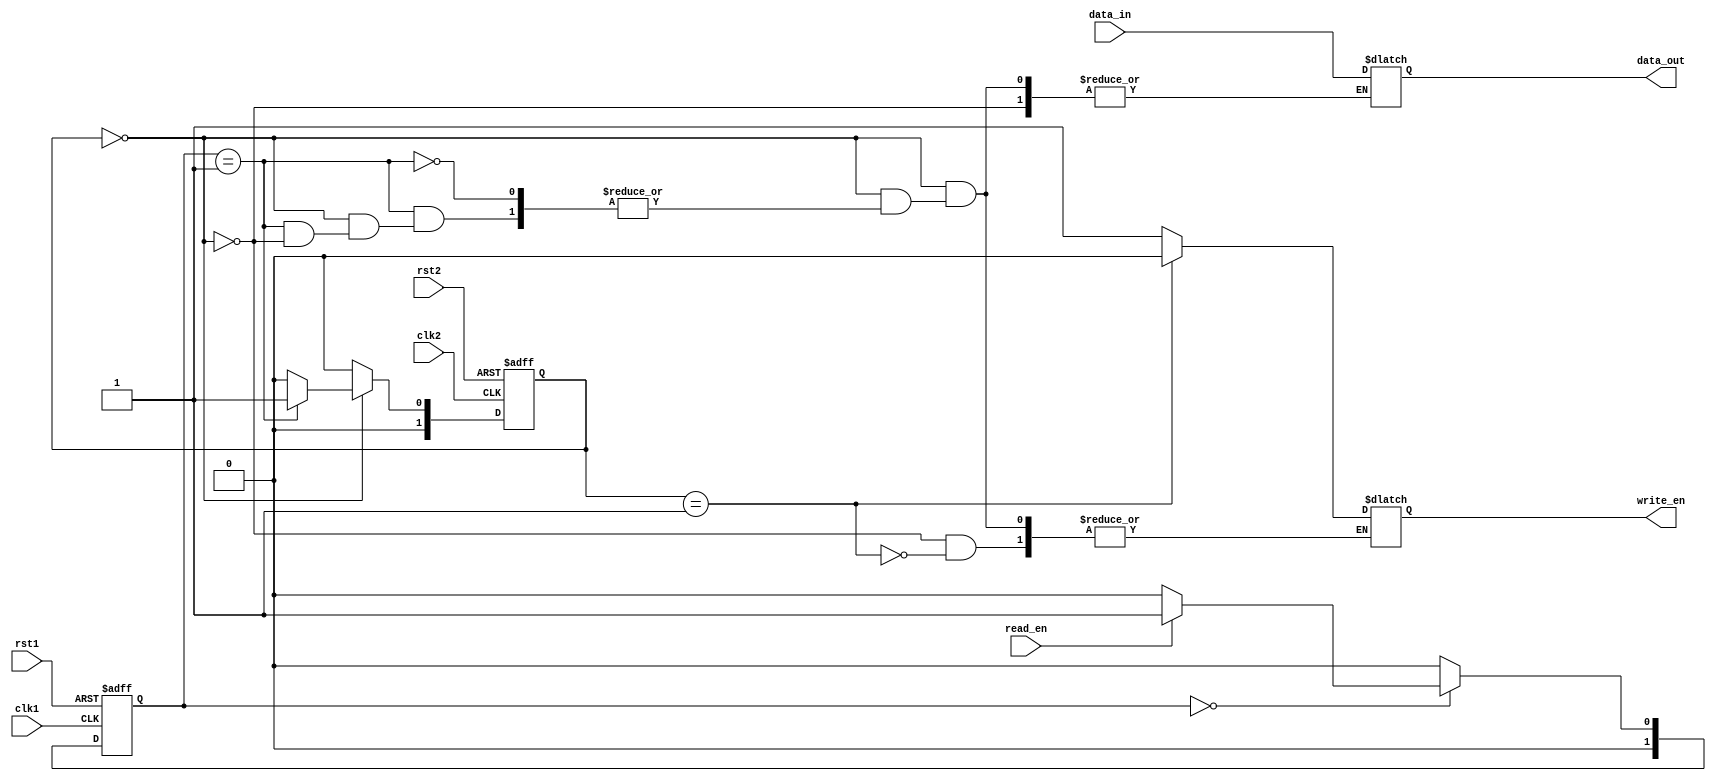
module fifo_synchronizer (
    input wire clk1,
    input wire rst1,
    input wire data_in,
    input wire read_en,
    
    input wire clk2,
    input wire rst2,
    output reg data_out,
    output reg write_en
);

// Control unit
reg [1:0] state;
reg [1:0] next_state;

always @ (posedge clk1 or posedge rst1) begin
    if (rst1) begin
        state <= 2'b00;
    end else begin
        state <= next_state;
    end
end

always @* begin
    case (state)
        2'b00: begin
            if (read_en) begin
                next_state = 2'b01;
            end else begin
                next_state = 2'b00;
            end
        end
        2'b01: begin
            next_state = 2'b00;
        end
        default: begin
            next_state = 2'b00;
        end
    endcase
end

// Synchronization unit
reg [1:0] sync_state;
reg [1:0] sync_next_state;

always @ (posedge clk2 or posedge rst2) begin
    if (rst2) begin
        sync_state <= 2'b00;
    end else begin
        sync_state <= sync_next_state;
    end
end

always @* begin
    case (sync_state)
        2'b00: begin
            if (state == 2'b01) begin
                if (sync_state == 2'b00) begin
                    data_out = data_in;
                    write_en = 1;
                    sync_next_state = 2'b01;
                end else begin
                    sync_next_state = 2'b00;
                end
            end else begin
                sync_next_state = 2'b00;
            end
        end
        2'b01: begin
            write_en = 0;
            sync_next_state = 2'b00;
        end
        default: begin
            sync_next_state = 2'b00;
        end
    endcase
end

endmodule